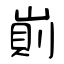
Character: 崱